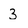
Character: 3